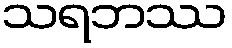
သရဘဿ